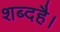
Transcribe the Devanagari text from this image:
शब्दहै।